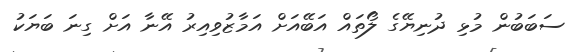
ސަބަބުން މުޅި ދުނިޔޭގެ ލޯތައް އަބޭއަށް އަމާޒުވިއިރު އޭނާ އަށް ގިނަ ބަޔަކު